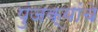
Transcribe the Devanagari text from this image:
पुंजक्यांचे